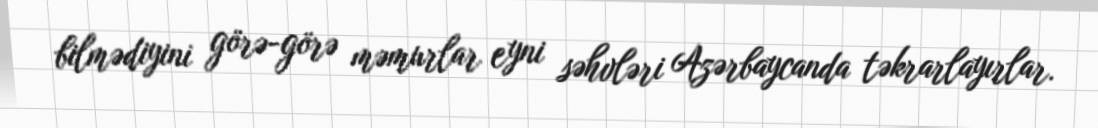
bilmədiyini görə-görə məmurlar eyni səhvləri Azərbaycanda təkrarlayırlar.